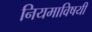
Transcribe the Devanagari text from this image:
नियमाविषयी